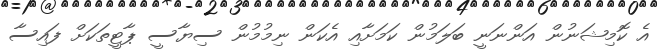
އެ ކޮމިޝަނުން އަންނަނީ ބަލަމުން ކަމަށާއި އެކަން ނިމުމުން ސިޔާސީ ޕާޓީތަކަށް ފައިސާ